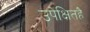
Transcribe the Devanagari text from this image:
उपेक्षितहै